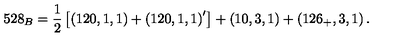
5 2 8 _ { B } = \frac 1 2 \left[ \left( 1 2 0 , 1 , 1 \right) + \left( 1 2 0 , 1 , 1 \right) ^ { \prime } \right] + \left( 1 0 , 3 , 1 \right) + \left( 1 2 6 _ { + } , 3 , 1 \right) .